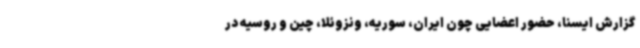
گزارش ایسنا، حضور اعضایی چون ایران، سوریه، ونزوئلا، چین و روسیه در